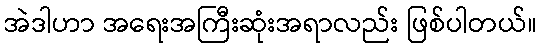
အဲဒါဟာ အရေးအကြီးဆုံးအရာလည်း ဖြစ်ပါတယ်။